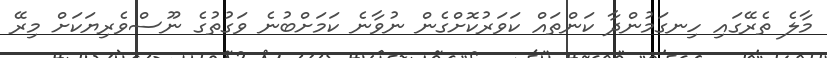
މާލެ ތެރޭގައި ހިނގަމުންދާ ކަންތައް ކަވަރުކޮށްގެން ނުވާނެ ކަމަށްބުނެ ވަގުތުގެ ނޫސްވެރިޔަކަށް މިރޭ